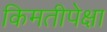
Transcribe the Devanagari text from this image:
किमतीपेक्षा